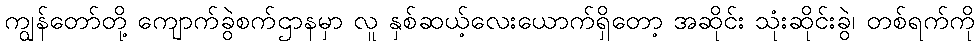
ကျွန်တော်တို့ ကျောက်ခွဲစက်ဌာနမှာ လူ နှစ်ဆယ့်လေးယောက်ရှိတော့ အဆိုင်း သုံးဆိုင်းခွဲ၊ တစ်ရက်ကို